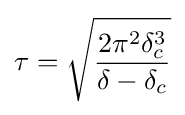
\tau ={\sqrt {\frac {2\pi ^{2}\delta _{c}^{3}}{\delta -\delta _{c}}}}